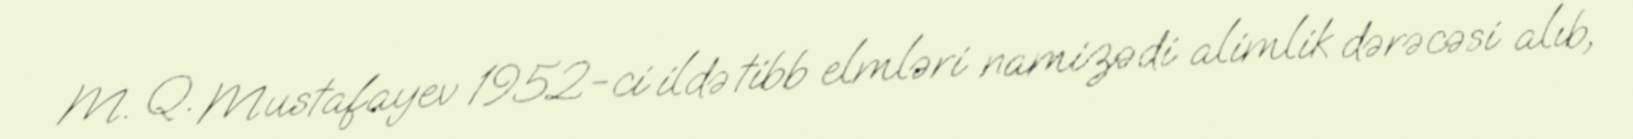
M. Q. Mustafayev 1952-ci ildə tibb elmləri namizədi alimlik dərəcəsi alıb,